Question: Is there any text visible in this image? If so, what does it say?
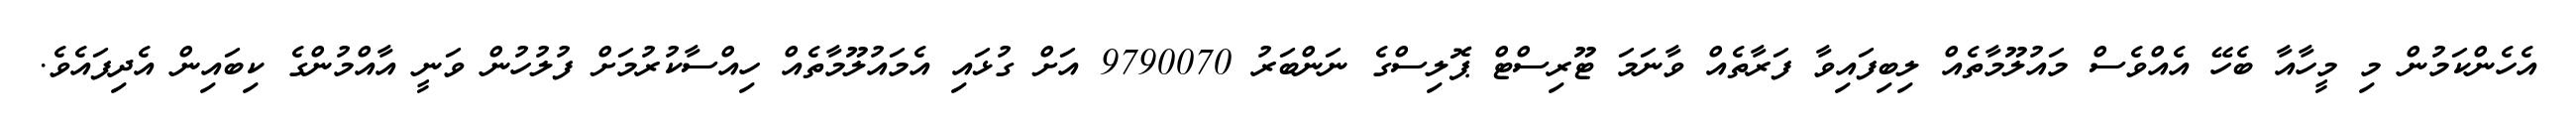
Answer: އެހެންކަމުން މި މީހާއާ ބެހޭ އެއްވެސް މައުލޫމާތެއް ލިބިފައިވާ ފަރާތެއް ވާނަމަ ޓޫރިސްޓް ޕޮލިސްގެ ނަންބަރު 9790070 އަށް ގުޅައި އެމައުލޫމާތެއް ހިއްސާކުރުމަށް ފުލުހުން ވަނީ އާއްމުންގެ ކިބައިން އެދިފައެވެ.